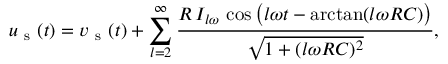
u _ { \mathrm { ~ s ~ } } ( t ) = v _ { \mathrm { ~ s ~ } } ( t ) + \displaystyle \sum _ { l = 2 } ^ { \infty } \frac { R \, I _ { l \omega } \, \cos \big ( l \omega t - \arctan ( l \omega R C ) \big ) } { \sqrt { 1 + ( l \omega R C ) ^ { 2 } } } ,